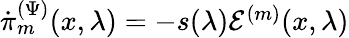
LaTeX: \begin{array}{r}{\dot{\pi}_{m}^{(\Psi)}(x,\lambda)=-s(\lambda)\mathcal{E}^{(m)}(x,\lambda)}\end{array}